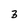
Character: 3